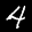
Digit: 4